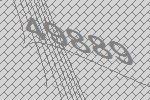
49889